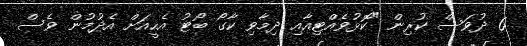
6 ދުވަަސް ކުރިން "ކޮޅުވެއްޓިއާއި ދިމާވި ކާގޯ ބޯޓު އެހީއަށް އެދުމުން ވެސް